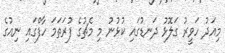
މިއަދު ހަވީރު ގަލޮޅު ދަނޑުގައި ކުޅުނު މި މެޗުގެ ފުރަތަމަ ހާފްގައި ނިއުގެ